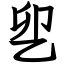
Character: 乮